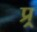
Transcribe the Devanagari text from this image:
प्र्र